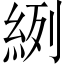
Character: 𦀎